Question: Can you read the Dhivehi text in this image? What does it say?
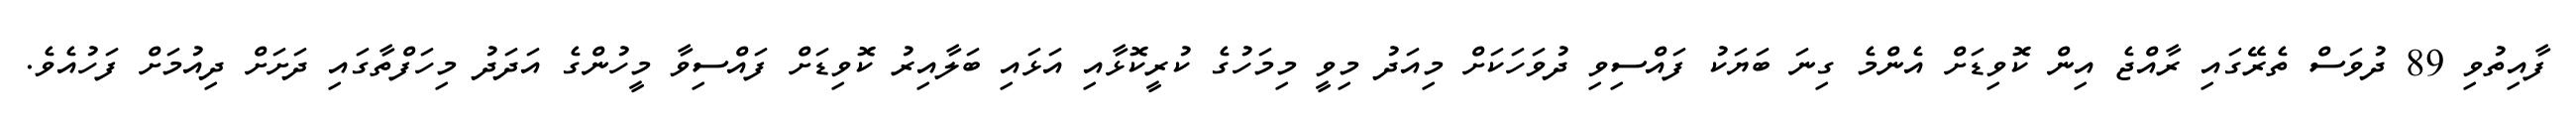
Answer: ފާއިތުވި 89 ދުވަސް ތެރޭގައި ރާއްޖެ އިން ކޮވިޑަށް އެންމެ ގިނަ ބަޔަކު ފައްސިވި ދުވަހަކަށް މިއަދު މިވީ މިމަހުގެ ކުރީކޮޅާއި އަޅައި ބަލާއިރު ކޮވިޑަށް ފައްސިވާ މީހުންގެ އަދަދު މިހަފްތާގައި ދަށަށް ދިއުމަށް ފަހުއެވެ.